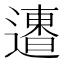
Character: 𨗐